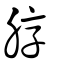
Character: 朜